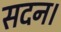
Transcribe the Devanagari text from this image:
सदन।